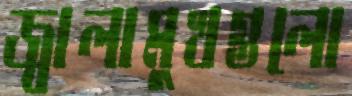
জ্বালামুখগুলো